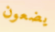
يضعون